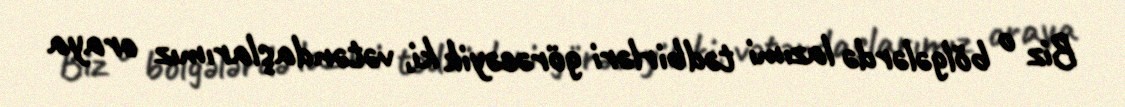
Biz o bölgələrdə lazımi tədbirləri görəcəyik ki, vətəndaşlarımız oraya